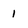
Character: 1